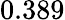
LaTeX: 0.389